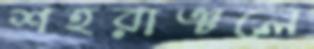
শহরাঞ্চলে